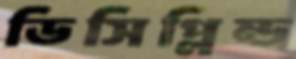
ডিসিপ্লিন্ড